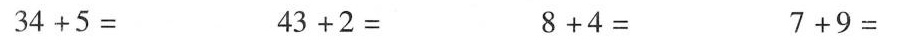
$$3 4 + 5 =$$ $$4 3 + 2 =$$ $$8 + 4 =$$ $$7 + 9 =$$